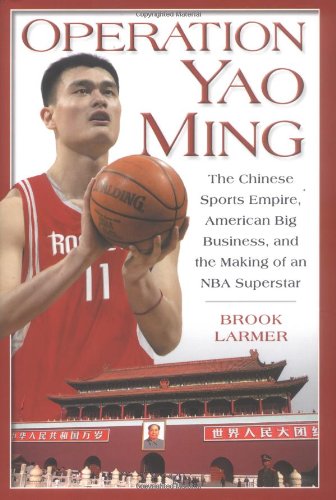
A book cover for Operation Yao Ming: The Chinese Sports Empire, American Big Business, and the Making of an NBA Superstar; Brook Larmer; Sports & Outdoors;